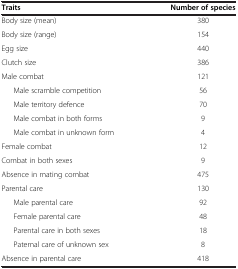
<table><thead><tr><td><b>Traits</b></td><td><b>Number of species</b></td></tr></thead><tbody><tr><td>Body size (mean)</td><td>380</td></tr><tr><td>Body size (range)</td><td>154</td></tr><tr><td>Egg size</td><td>440</td></tr><tr><td>Clutch size</td><td>386</td></tr><tr><td>Male combat</td><td>121</td></tr><tr><td>Male scramble competition</td><td>56</td></tr><tr><td>Male territory defence</td><td>70</td></tr><tr><td>Male combat in both forms</td><td>9</td></tr><tr><td>Male combat in unknown form</td><td>4</td></tr><tr><td>Female combat</td><td>12</td></tr><tr><td>Combat in both sexes</td><td>9</td></tr><tr><td>Absence in mating combat</td><td>475</td></tr><tr><td>Parental care</td><td>130</td></tr><tr><td>Male parental care</td><td>92</td></tr><tr><td>Female parental care</td><td>48</td></tr><tr><td>Parental care in both sexes</td><td>18</td></tr><tr><td>Paternal care of unknown sex</td><td>8</td></tr><tr><td>Absence in parental care</td><td>418</td></tr></tbody></table>